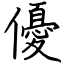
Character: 優